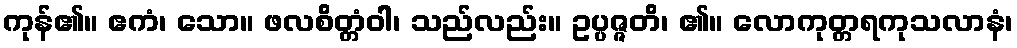
ကုန်၏။ ဧကံ၊ သော။ ဖလစိတ္တံဝါ၊ သည်လည်း။ ဥပ္ပဇ္ဇတိ၊ ၏။ လောကုတ္တရကုသလာနံ၊